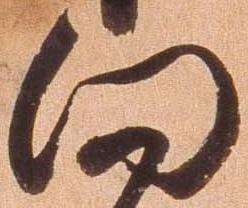
向